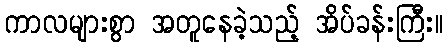
ကာလများစွာ အတူနေခဲ့သည့် အိပ်ခန်းကြီး။